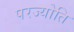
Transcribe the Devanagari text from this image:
परज्योति